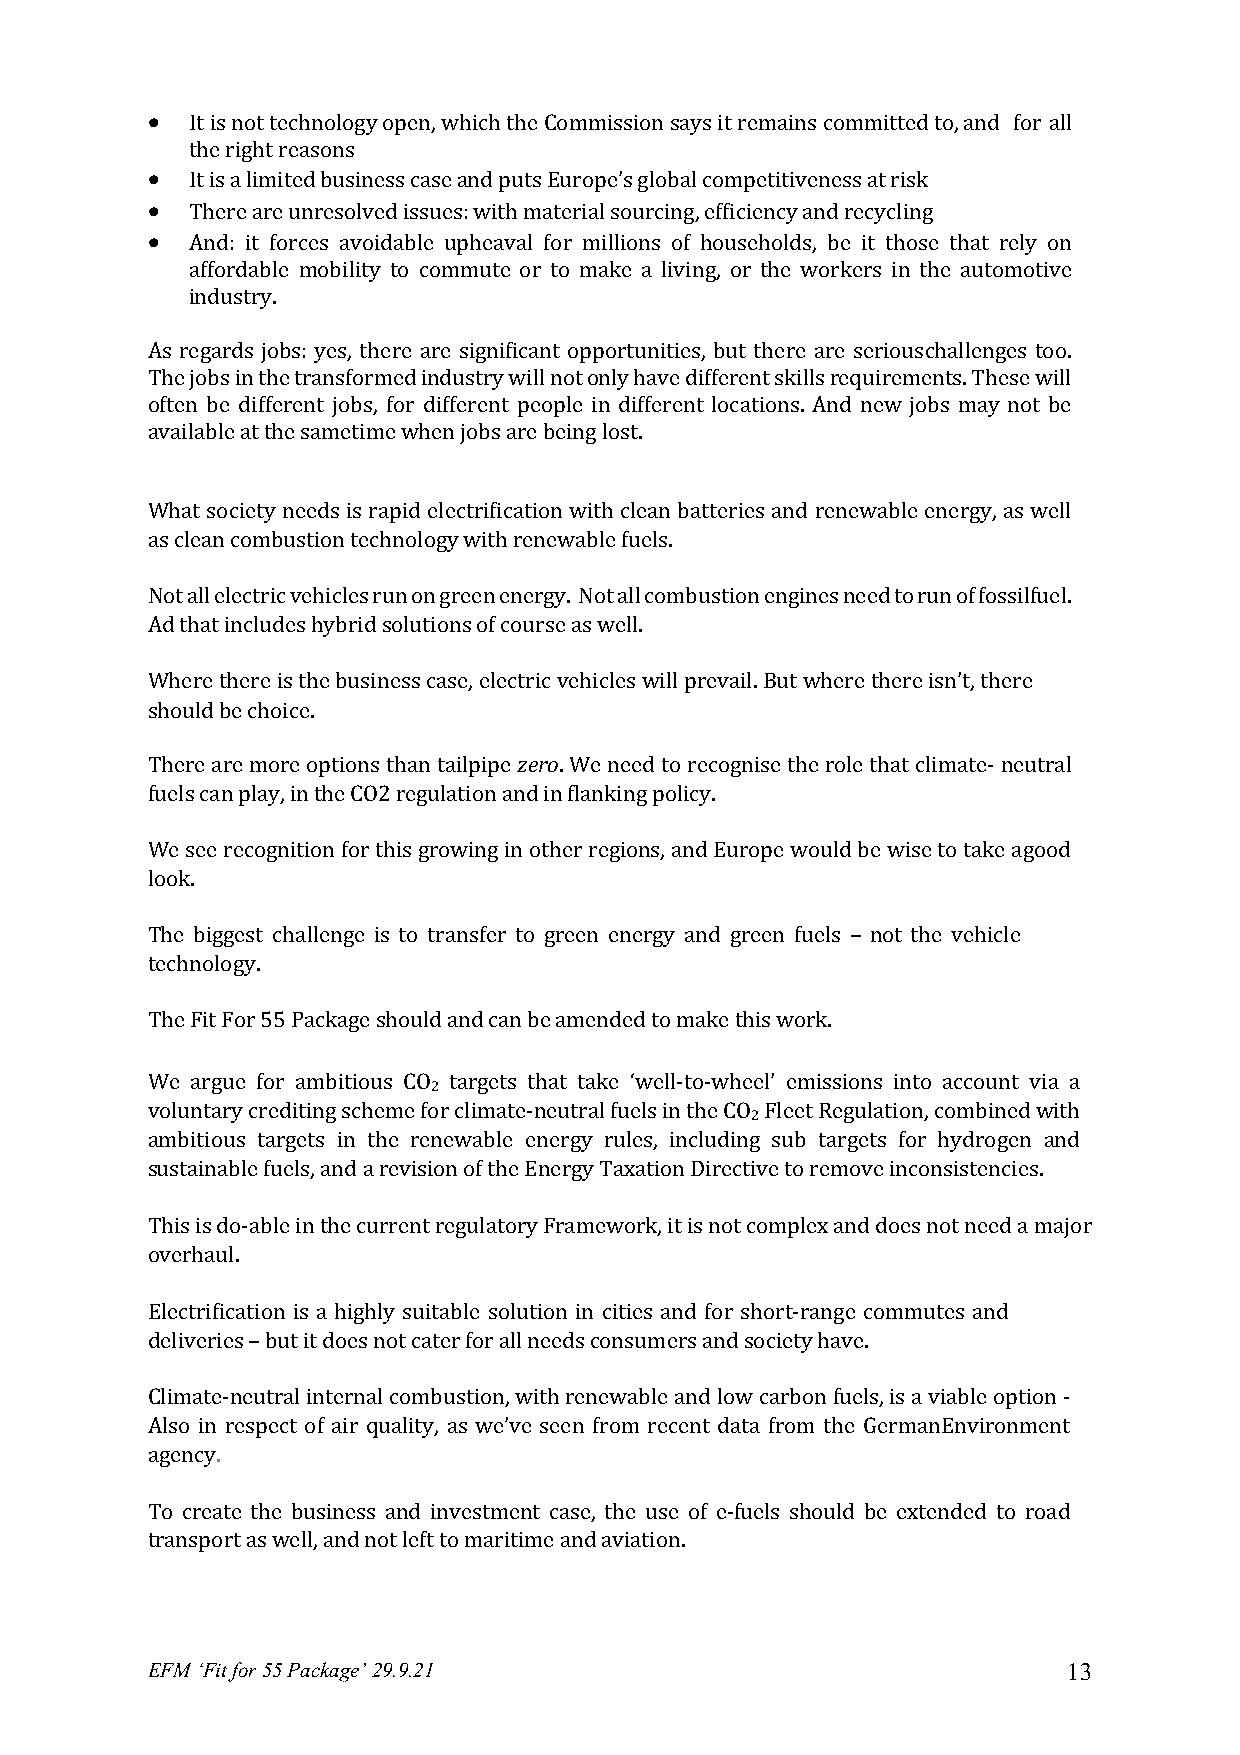
•  It is not technology open, which the Commission says it remains committed to, and for all
 the right reasons
 •  It is a limited business case and puts Europe’s global competitiveness at risk
 •  There are unresolved issues: with material sourcing, efficiency and recycling
 •  And: it forces avoidable upheaval for millions of households, be it those that rely on
 affordable mobility to commute or to make a living, or the workers in the automotive
 industry.
 As regards jobs: yes, there are significant opportunities, but there are serious challenges too.
 The jobs in the transformed industry will not only have different skills requirements. These will
 often be different jobs, for different people in different locations. And new jobs may not be
 available at the same time when jobs are being lost.
 What society needs is rapid electrification with clean batteries and renewable energy, as well
 as clean combustion technology with renewable fuels.
 Not all electric vehicles run on green energy. Not all combustion engines need to run of fossil fuel.
 Ad that includes hybrid solutions of course as well.
 Where there is the business case, electric vehicles will prevail. But where there isn’t, there
 should be choice.
 There are more options than tailpipe zero. We need to recognise the role that climate- neutral
 fuels can play, in the CO2 regulation and in flanking policy.
 We see recognition for this growing in other regions, and Europe would be wise to take a good
 look.
 The biggest challenge is to transfer to green energy and green fuels – not the vehicle
 technology.
 The Fit For 55 Package should and can be amended to make this work.
 We argue for ambitious CO targets that take ‘well-to-wheel’ emissions into account via a
 2
 voluntary crediting scheme for climate-neutral fuels in the CO Fleet Regulation, combined with
 2
 ambitious targets in the renewable energy rules, including sub targets for hydrogen and
 sustainable fuels, and a revision of the Energy Taxation Directive to remove inconsistencies.
 This is do-able in the current regulatory Framework, it is not complex and does not need a major
 overhaul.
 Electrification is a highly suitable solution in cities and for short-range commutes and
 deliveries – but it does not cater for all needs consumers and society have.
 Climate-neutral internal combustion, with renewable and low carbon fuels, is a viable option -
 Also in respect of air quality, as we’ve seen from recent data from the German Environment
 agency.
 To create the business and investment case, the use of e-fuels should be extended to road
 transport as well, and not left to maritime and aviation.
 EFM ‘Fit for 55 Package’ 29.9.21                             13